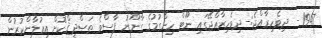
1947 - ދިވެހިރާއްޖެ:- ދިވެހިރާއްޖޭގައި ނޫޓް ހިންގުމުގެ ގާނޫނު ފާސްވެ ތަޞްދީޤްކޮށް އިޢުލާންކުރުން